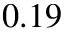
0 . 1 9